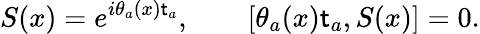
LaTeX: S(x)=e^{i\theta_{a}(x)\mathsf{t}_{a}},\qquad[\theta_{a}(x)\mathsf{t}_{a},S(x)]=0.